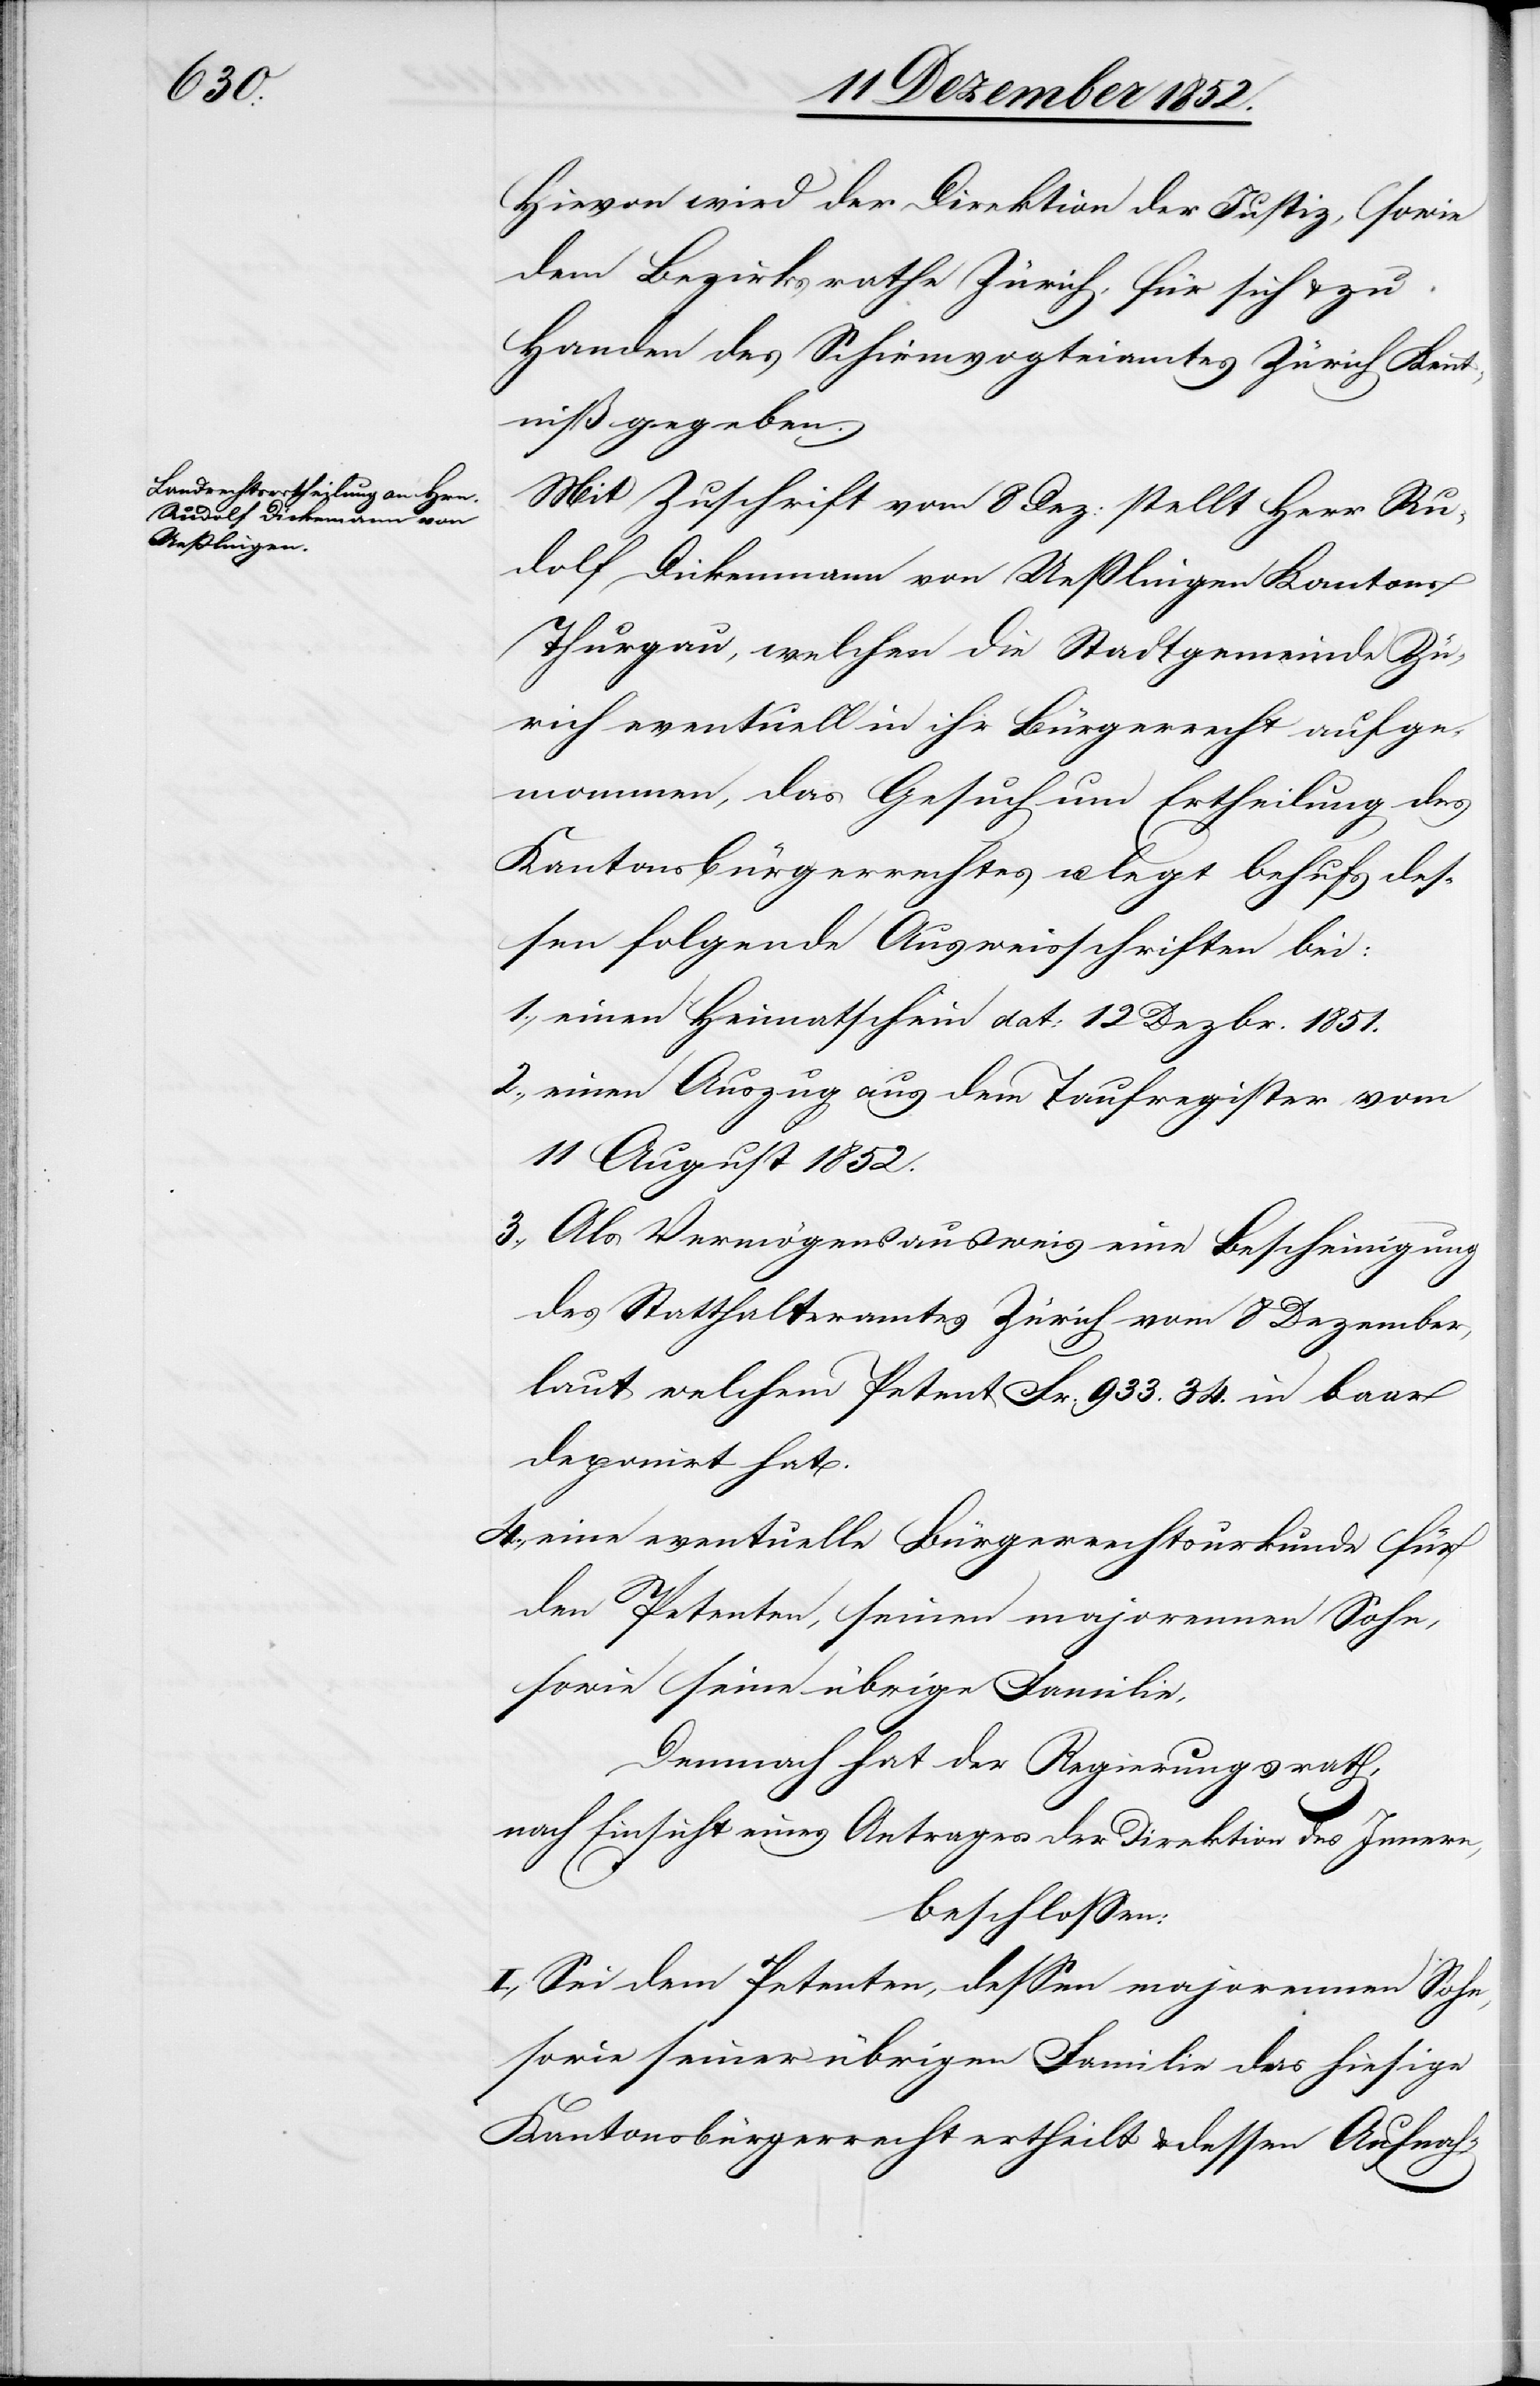
Hievon wird der Direktion der Justiz, sowie
dem Bezirksrathe Zürich, für sich & zu
Handen des Schirmvogteiamtes Zürich Kennt¬
niß gegeben.
Mit Zuschrift vom 8 Dez: stellt Herr Ru¬
dolf Dickenmann [sic!] von Ueßlingen Kantons
Thurgau, welchen die Stadtgemeinde Zü¬
rich eventuell in ihr Bürgerrecht aufge¬
mommen [sic!], das Gesuch um Ertheilung des
Kantonsbürgerrechtes u. legt behufs des¬
sen folgende Ausweisschriften bei:
einen Heimatschein dat: 12 Dezbr. 1851.
einen Auszug aus dem Taufregister vom
11 August 1852.
Als Vermögensausweis eine Bescheinigung
des Statthalteramtes Zürich vom 8 Dezember,
laut welchem Petent Fr. 933. 34. in baar
deponirt hat.
eine eventuelle Bürgerrechtsurkunde für
den Petenten, seinen majorennen Sohn,
sowie seine übrige Familie,
Demnach hat der Regierungsrath,
nach Einsicht eines Antrages der Direktion des Innern,
beschlossen:
I, Sei dem Petenten, dessen majorennen Sohn,
sowie seiner übrigen Familie das hiesige
Kantonsbürgerrecht ertheilt & dessen Aufnah-